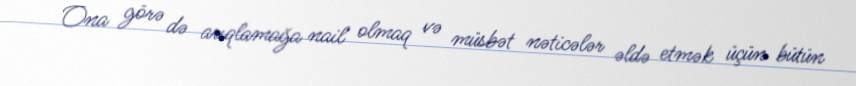
Ona görə də arıqlamağa nail olmaq və müsbət nəticələr əldə etmək üçün bütün